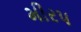
મીરપ